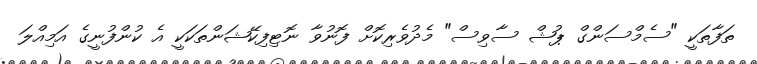
ތަފާތަކީ "ސެމްސަންގް ޕުޝް ސާވިސް" މެދުވެރިކޮށް ފޮނުވާ ނޮޓިފިކޭޝަންތަކަކީ އެ ކުންފުނީގެ އަމިއްލަ